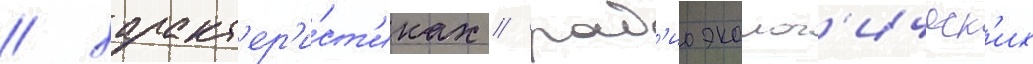
/ характ'ер'и́ст'иках / рад'иоэколог'ическ'их